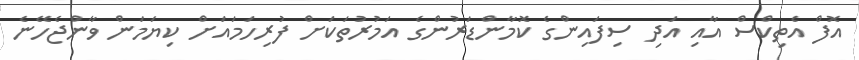
އޮފް އެތިކްސް އާއި އަދި ސިފައިންގެ ކޮމާންޑަރުންގެ އަމުރުތަކަށް ފުރިހަމައަށް ކިޔަމަން ވާންޖެހޭނެ